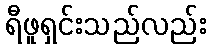
ရီဖူရှင်းသည်လည်း